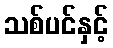
သစ်ပင်နှင့်